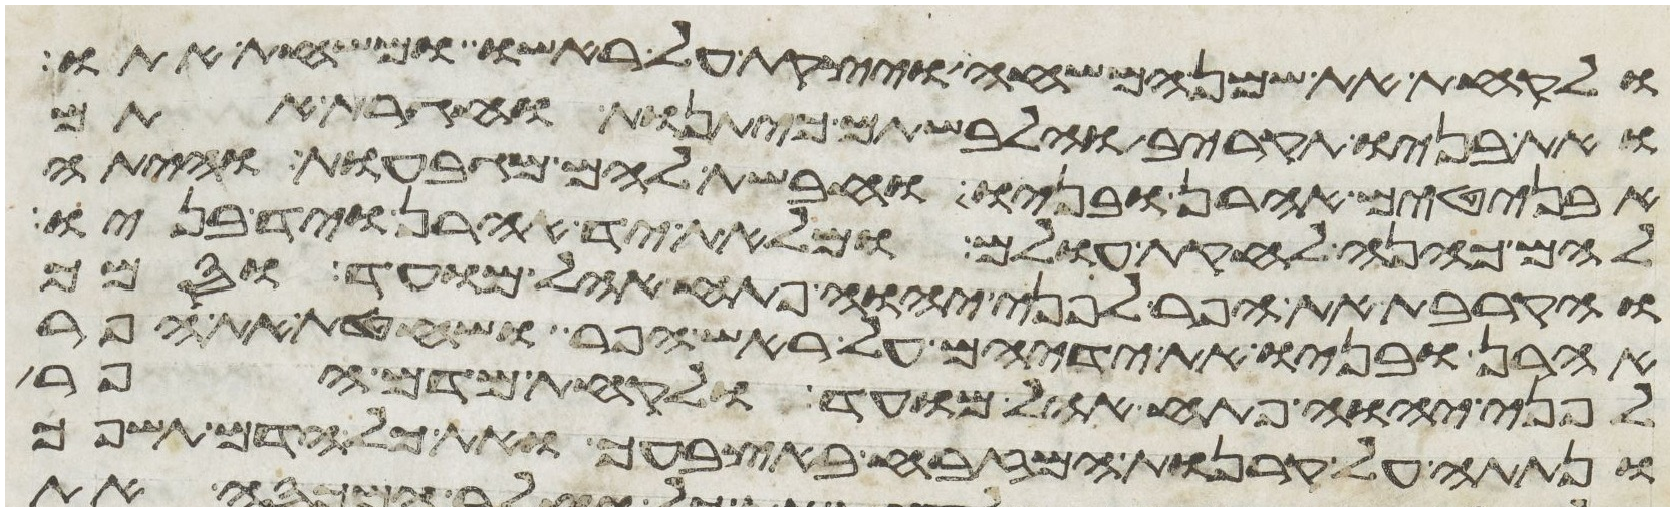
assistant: ולקחת את שמן המשחה ויצקת על ראשו ומשחת אתו
ואת בניו תקריב והלבשתם כיתנות וחגרת אתם
אבניטים אהרן ובניו וחבשת להם מגבעות והיתה
להם כהנה לחקת עולם ומלאת יד אהרן ויד בניו
והקרבת את הפר לפני יהוה פתח אהל מועד וסמך
אהרן ובניו את ידיהם על ראש הפר ושחטת את הפר
לפני יהוה פתח אהל מועד ולקחת מדם הפר
ונתתה על קרנות המזבח באצבעך ואת כל הדם תשפך